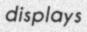
displays